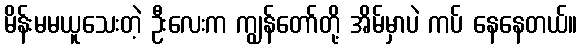
မိန်းမမယူသေးတဲ့ ဦးလေးက ကျွန်တော်တို့ အိမ်မှာပဲ ကပ် နေနေတယ်။